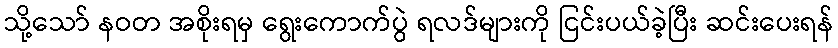
သို့သော် နဝတ အစိုးရမှ ရွေးကောက်ပွဲ ရလဒ်များကို ငြင်းပယ်ခဲ့ပြီး ဆင်းပေးရန်